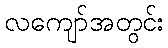
လကျော်အတွင်း